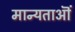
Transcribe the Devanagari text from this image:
मान्यताऒं